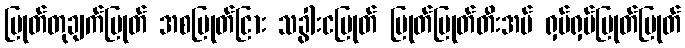
ပြုတ်တုချက်ပြုတ် အစပြုတ်ငြား သခွါးငပြုတ် ပြုတ်ပြုတ်တီးအပ် ရှပ်ရှပ်ပြုတ်ပြုတ်